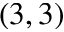
( 3 , 3 )